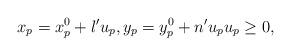
LaTeX: \begin{align*}x_p = x^0_p + l' u_p, y_p = y^0_p + n' u_p u_p \geq 0,\end{align*}